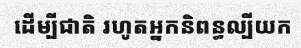
ដើម្បីជាតិ រហូតអ្នកនិពន្ធល្បីយក